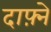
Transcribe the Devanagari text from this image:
दाफ़्ने